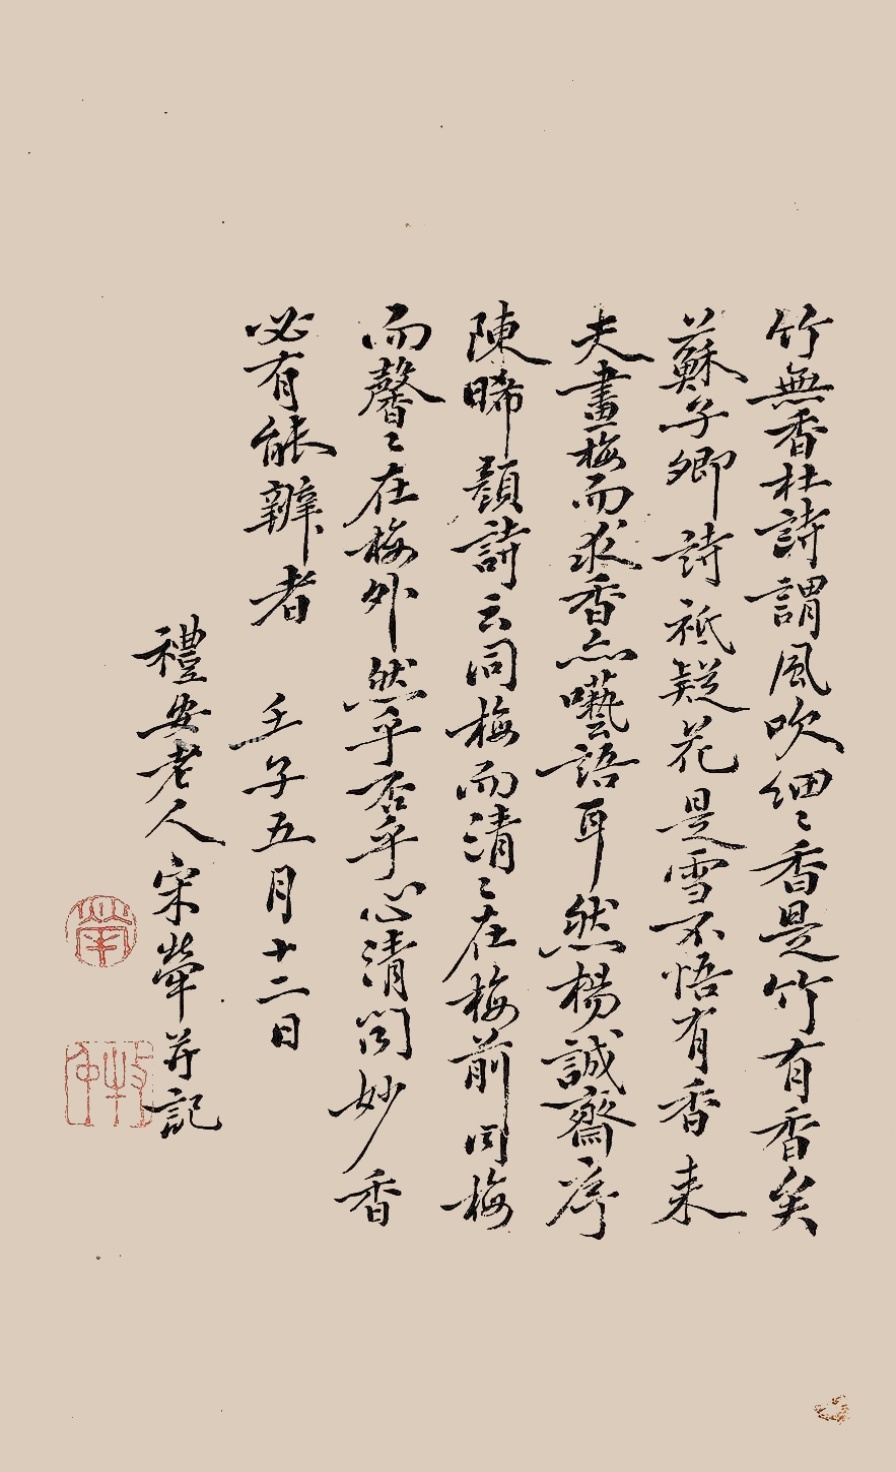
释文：竹无香，杜诗谓风吹细细香，是竹有香矣。苏子卿诗，只疑花实是雪，不悟有香来。夫画梅而夜香亦呓语耳，然杨诚斋序陈晞颜诗云：同梅而清清在梅前，同梅而馨馨在梅外，然乎否乎，心清而闻妙香，必有能辩者。壬子五月十二日，礼安老人宋荦并记。